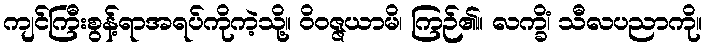
ကျင်ကြီးစွန့်ရာအရပ်ကိုကဲ့သို့။ ဝိဝဇ္ဇယာမိ၊ ကြဉ်၏။ လက္ခိံ၊ သီလပညာကို။